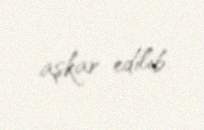
aşkar edilib.